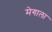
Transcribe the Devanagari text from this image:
मेगाला